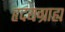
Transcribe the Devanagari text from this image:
हृदयग्राह्य